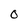
Character: o